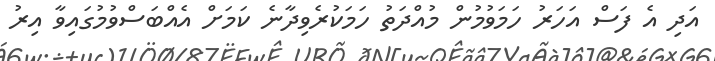
އަދި އެ ފަސް އަހަރު ހަމަވުމުން މުއްދަތު ހަމަކުރެވިދާނެ ކަމަށް އެއްބަސްވުމުގައިވާ އިރު